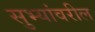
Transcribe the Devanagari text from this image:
सुभ्यांवरील